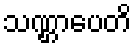
သဏ္ဌာပေတိ